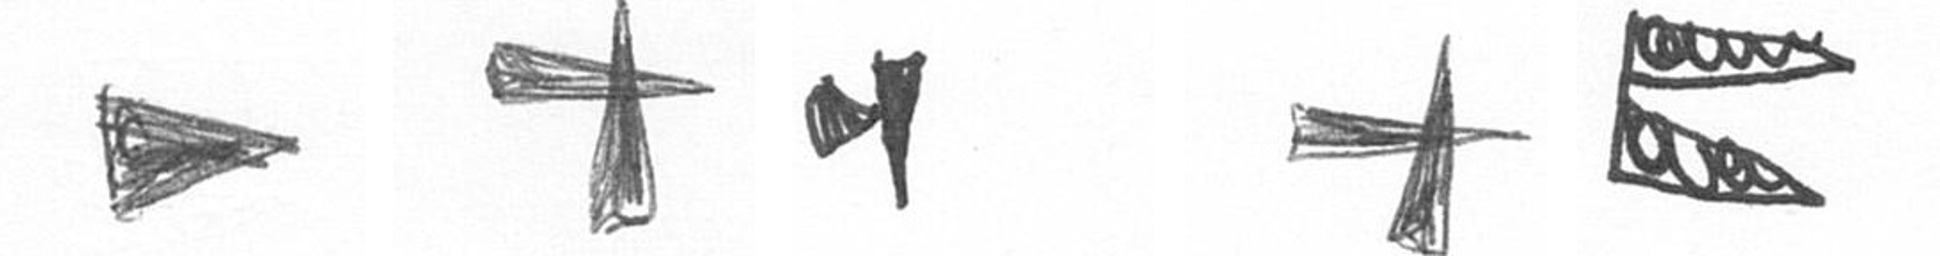
T G M G P